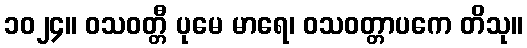
၁၀၂၄။ ဝသဝတ္တီ ပုမေ မာရေ၊ ဝသဝတ္တာပကေ တိသု။